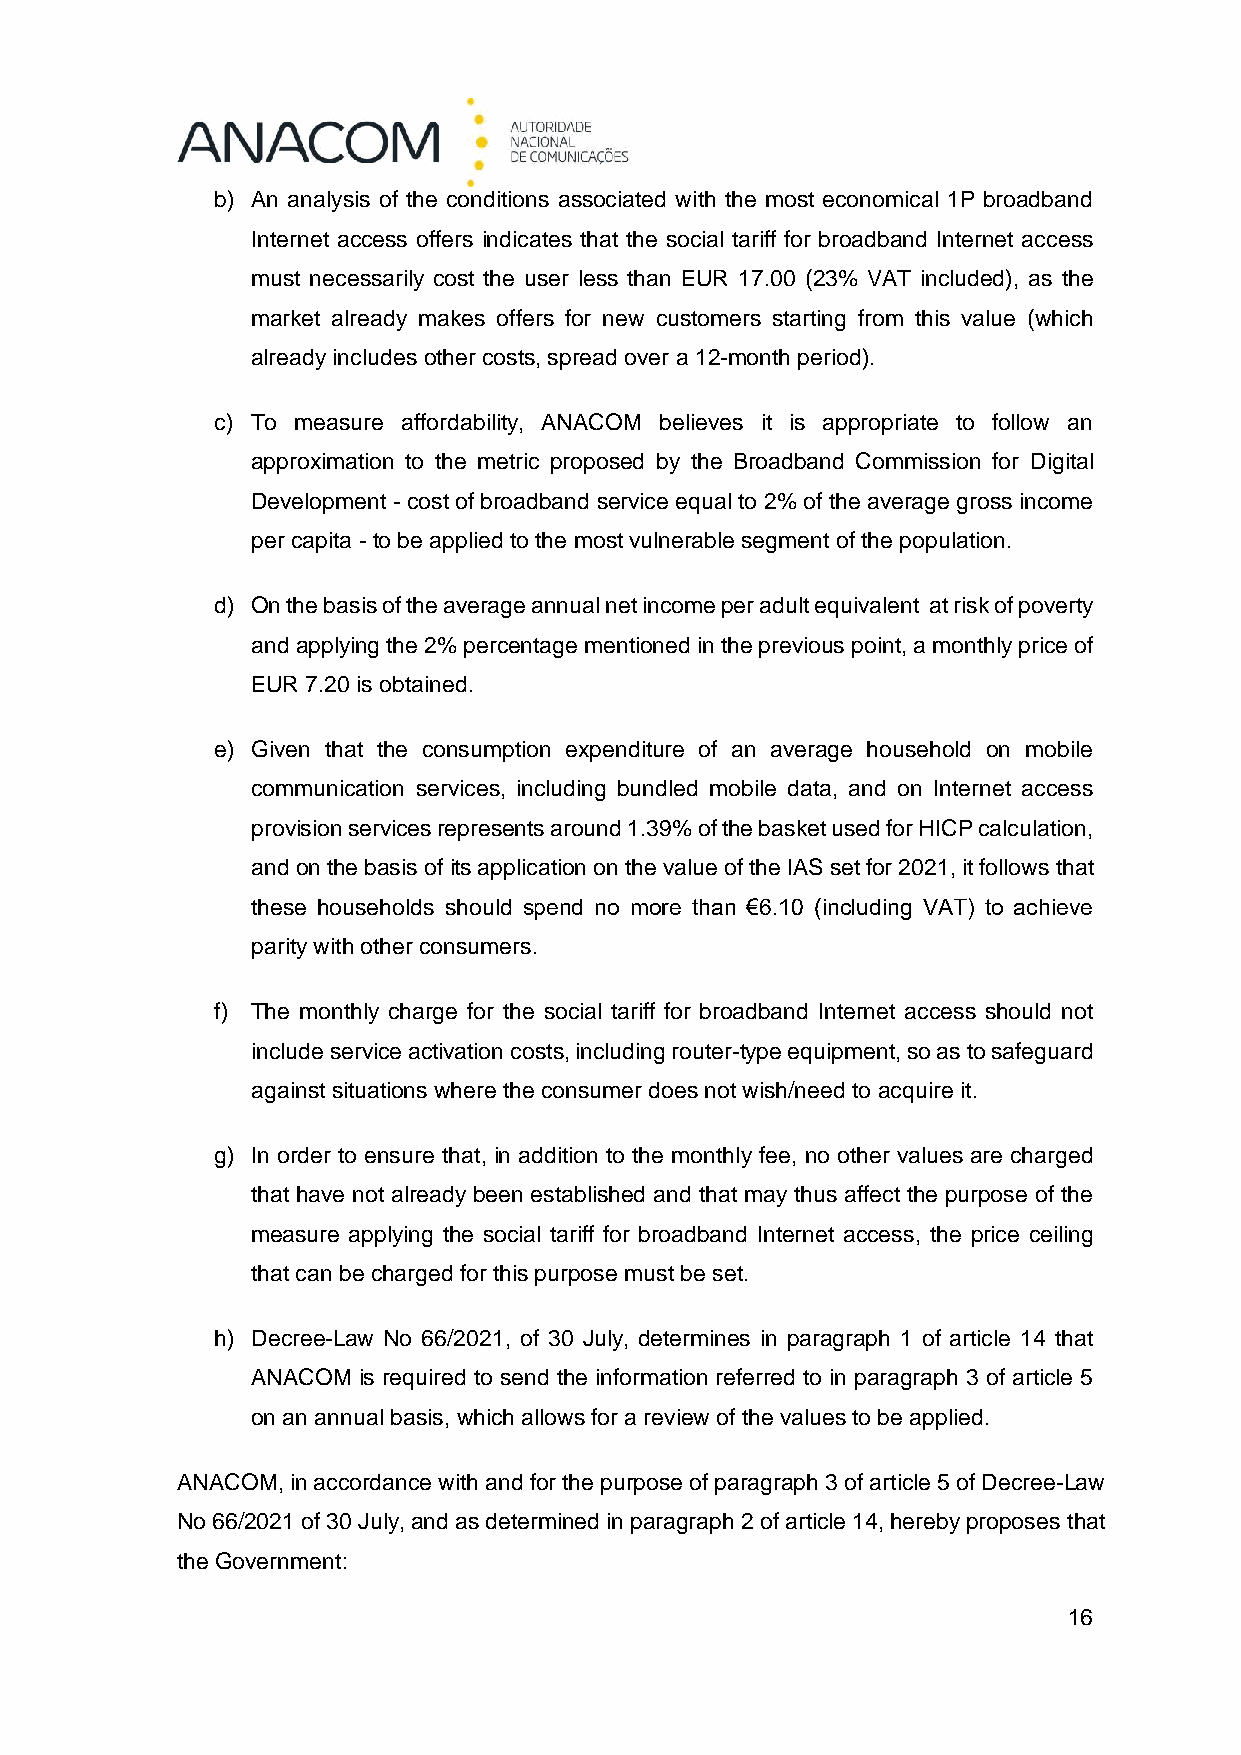
b) An analysis of the conditions associated with the most economical 1P broadband
 Internet access offers indicates that the social tariff for broadband Internet access
 must necessarily cost the user less than EUR 17.00 (23% VAT included), as the
 market already makes offers for new customers starting from this value (which
 already includes other costs, spread over a 12-month period).
 c) To measure affordability, ANACOM believes it is appropriate to follow an
 approximation to the metric proposed by the Broadband Commission for Digital
 Development - cost of broadband service equal to 2% of the average gross income
 per capita - to be applied to the most vulnerable segment of the population.
 d) On the basis of the average annual net income per adult equivalent at risk of poverty
 and applying the 2% percentage mentioned in the previous point, a monthly price of
 EUR 7.20 is obtained.
 e) Given that the consumption expenditure of an average household on mobile
 communication services, including bundled mobile data, and on Internet access
 provision services represents around 1.39% of the basket used for HICP calculation,
 and on the basis of its application on the value of the IAS set for 2021, it follows that
 these households should spend no more than €6.10 (including VAT) to achieve
 parity with other consumers.
 f) The monthly charge for the social tariff for broadband Internet access should not
 include service activation costs, including router-type equipment, so as to safeguard
 against situations where the consumer does not wish/need to acquire it.
 g) In order to ensure that, in addition to the monthly fee, no other values are charged
 that have not already been established and that may thus affect the purpose of the
 measure applying the social tariff for broadband Internet access, the price ceiling
 that can be charged for this purpose must be set.
 h) Decree-Law No 66/2021, of 30 July, determines in paragraph 1 of article 14 that
 ANACOM is required to send the information referred to in paragraph 3 of article 5
 on an annual basis, which allows for a review of the values to be applied.
 ANACOM, in accordance with and for the purpose of paragraph 3 of article 5 of Decree-Law
 No 66/2021 of 30 July, and as determined in paragraph 2 of article 14, hereby proposes that
 the Government:
 16